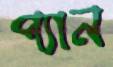
প্যান